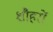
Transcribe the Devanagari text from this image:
शौहरों